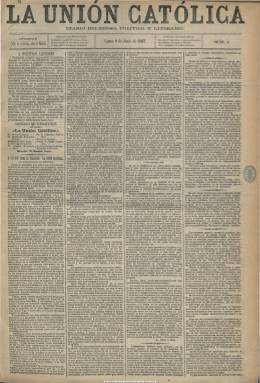
Título: La Unión Católica
Colección: Periódicos
Ámbito geográfico: Madrid
Lugar de publicación: Madrid
Fechas: 06/06/1887-14/02/1899

Con el subtítulo “diario religioso, político y literario”, que mantendrá durante toda su existencia, aparece el seis de junio de 1887, como continuación, en parte, del también diario La unión (1882-1887), inspirado asimismo por Alejandro Pidal y Mon (1846-1913) y el partido político confesional del mismo nombre, que en 1881 había sido fundado al objeto de adherir al régimen de la Restauración a los sectores carlistas e integristas y que, en 1884, había terminado incorporándose al Partido Liberal-Conservador canovista. Esta ruptura se produce a causa de las desavenencias personales con el propietario “industrial” de La unión, Manuel María de Santa Ana (1820-1894), asimismo fundador y editor de La correspondencia de España (1859-1925), en la que participan, junto a Pidal, los condes de Canga-Argüelles y de Guaqui y Ceferino Suárez Bravo (1824-1896); su director, Damián Isern y Marco (1852-1914), y los redactores Santiago Espino y Eugenio Fernández Hidalgo, entre otros.

Su Consejo de Redacción estará integrado por Marcelino Menéndez Pelayo, Santiago de Liniers, Joaquín Sánchez Toca, Alejandro Pidal y Mon, Ceferino Suárez Bravo, los condes de Orgaz, de Guaqui y de Canga-Argüelles y por el marqués de Olivart.

La nueva cabecera, aunque no se considera órgano oficial de partido que agrupa al posibilismo neocatólico, mantendrá el mismo carácter ideológico que su antecesora, situada en el ala ultraconservadora del canovismo, pero a la vez enfrentada a carlistas e integristas, polemizando agriamente con El correo catalán, baluarte de los primeros. A la misma vez que será un periódico defensor y sumiso al oficialismo católico, a su episcopado y al papado.

Comienza cada número (no salía los domingos), compuesto, primero a cuatro columnas y, después, a cinco, con un artículo doctrinal o editorial. Publica crónicas políticas y de Cortes. Tendrá secciones denominadas Nota del día, Crónica de la tarde y Recortes (revista de prensa); ofrece noticias y telegramas de agencias; dispone de corresponsales en provincias y en el extranjero, cuyas crónicas aparecen bajo el epígrafe Carta, e incluirá información sobre bolsa y espectáculos. Asimismo cuenta con un Boletín religioso y otra sección denominada Culto y clero, además de dar cuenta de documentos episcopales y vaticanistas; así como folletín, y sus anuncios comerciales ocuparán prácticamente su última plana.

Desde el cinco de abril al 22 de noviembre de 1892, publica un suplemento cada martes (sin aumentar la paginación ordinaria de cuatro páginas por número) titulado Páginas sueltas, dedicado a textos de corte literario, en prosa y en verso. Más adelante incorpora grabados de retratos de personajes (eclesiásticos, políticos, etc.).

Debido, probablemente, a su salud mental, Daniel Isern terminará siendo sustituido en la dirección por Juan Menéndez Pidal (1858-1915), hasta la desaparición del diario, que publica su número 3.505 y último el catorce de febrero de 1899, tras doce años de publicación. Ello se produce, quizá por su debilitamiento en el campo de la prensa, en un momento en el que Francisco Silvela (1843-1905), que había estado liderando la Unión Conservadora (1892-1898) y a quien el periódico había estado defendiendo, inicia, tras el asesinato de Antonio Cánovas del Castillo (1828-1897), la reconstrucción del viejo Partido Liberal-Conservador.